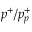
p ^ { + } / p _ { p } ^ { + }